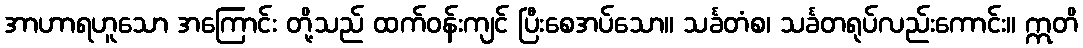
အာဟာရဟူသော အကြောင်း တို့သည် ထက်ဝန်းကျင် ပြီးစေအပ်သော။ သင်္ခတံစ၊ သင်္ခတရုပ်လည်းကောင်း။ ဣတိ